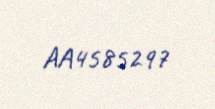
AA4585297